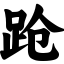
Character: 跄